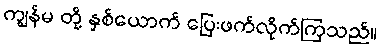
ကျွန်မ တို့ နှစ်ယောက် ပြေးဖက်လိုက်ကြသည်။